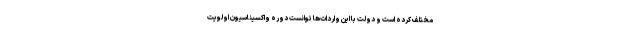
مختلف کرده است و دولت با این واردات‌ها توانست دوره واکسیناسیون اولویت